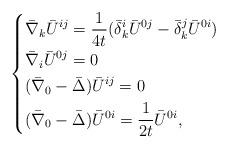
LaTeX: \begin{align*}\left \{\begin{alignedat}{1}&\bar{\nabla} _k\bar{U}^{ij}=\frac{1}{4t}(\bar{\delta} ^{i}_{k}\bar{U}^{0j}-\bar{\delta} ^{j}_{k}\bar{U}^{0i})\\&\bar{\nabla} _i\bar{U}^{0j}=0\\&(\bar{\nabla} _0 -\bar{\Delta})\bar{U}^{ij}=0\\&(\bar{\nabla} _0 -\bar{\Delta})\bar{U}^{0i}=\frac{1}{2t}\bar{U}^{0i},\end{alignedat}\right .\end{align*}